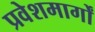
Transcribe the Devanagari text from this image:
प्रवेशमार्गों